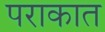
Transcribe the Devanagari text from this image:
पराकात